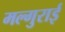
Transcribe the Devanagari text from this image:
मल्गुराई